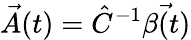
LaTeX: \vec{A}(t)=\hat{C}^{-1}\vec{\beta(t)}